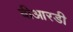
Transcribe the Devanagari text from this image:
बीआरडी